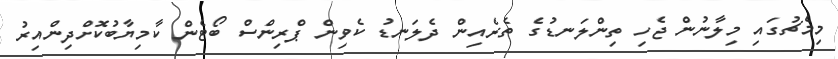
މިމެޗުގައި މިލާނުން ޖެހި ތިންލަނޑުގެ ތެރެއިން ދެލަނޑު ކެވިން ޕްރިންސް ބޯޓެން ކާމިޔާބުކޮށްދިންއިރު